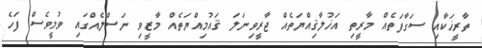
ތާރީޚަކާއި ސަގާފަތެއް މާރީތި އަޚުލާޤިއްޔަތެއް ޖާރީވިނަލަ ޤައުމިއްޔަތެއް މާޒީވި ނަސްލެއްގައި ވުމީވެސް ފަހެ